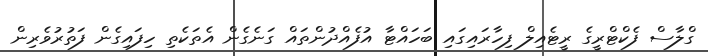
ގްލާސް ފެކްޓްރީގެ ރީޓެއިލް ފިހާރައިގައި ބަހައްޓާ އުފެއްދުންތައް ގަނެގެން އެތަކެތި ހިފައިގެން ފަތުރުވެރިން